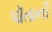
પૉતાની